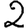
Digit: 2